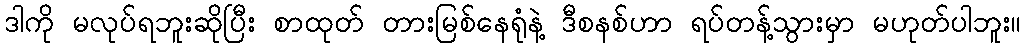
ဒါကို မလုပ်ရဘူးဆိုပြီး စာထုတ် တားမြစ်နေရုံနဲ့ ဒီစနစ်ဟာ ရပ်တန့်သွားမှာ မဟုတ်ပါဘူး။